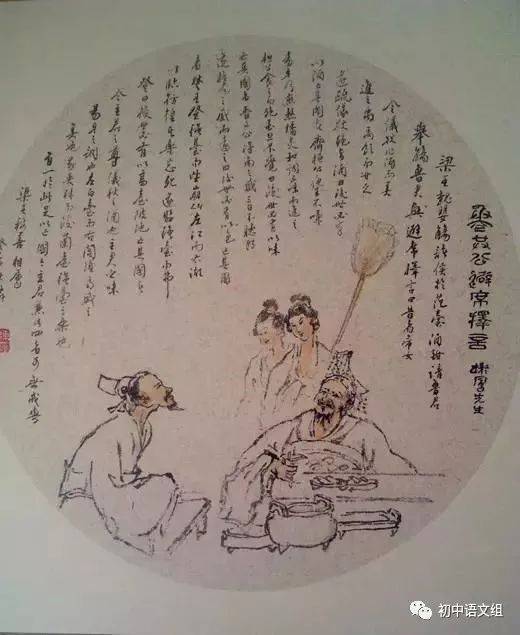
貌言华也，至言实也，苦言药也，甘言疾也。